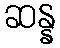
ဆန္န